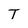
Character: T